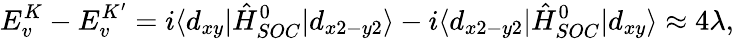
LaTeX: E_{v}^{K}-E_{v}^{K^{\prime}}=i\langle d_{xy}|\hat{H}_{SOC}^{0}|d_{x2-y2}\rangle-i\langle d_{x2-y2}|\hat{H}_{SOC}^{0}|d_{xy}\rangle\approx 4\lambda,